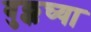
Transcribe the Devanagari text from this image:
बुक्कच्या